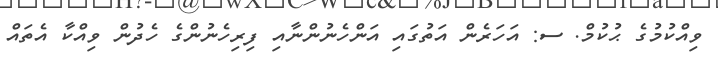
ވިއްކުމުގެ ޙުކުމް. ސ: އަހަރެން އަތުގައި އަންހެނުންނާއި ފިރިހެނުންގެ ހެދުން ވިއްކާ އެތައް